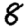
Digit: 8